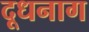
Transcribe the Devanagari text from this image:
दूधनाग